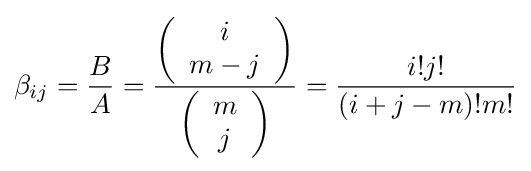
\beta _{ij}={\frac {B}{A}}={\frac {\left({\begin{array}{c}i\\m-j\end{array}}\right)}{\left({\begin{array}{c}m\\j\end{array}}\right)}}={\frac {i!j!}{(i+j-m)!m!}}